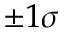
\pm 1 \sigma